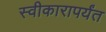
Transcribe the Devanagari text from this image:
स्वीकारापर्यंत